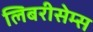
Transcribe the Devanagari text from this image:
लिबरीसेम्स